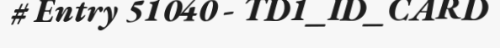
# Entry 51040 - TD1_ID_CARD